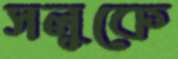
সলুকে